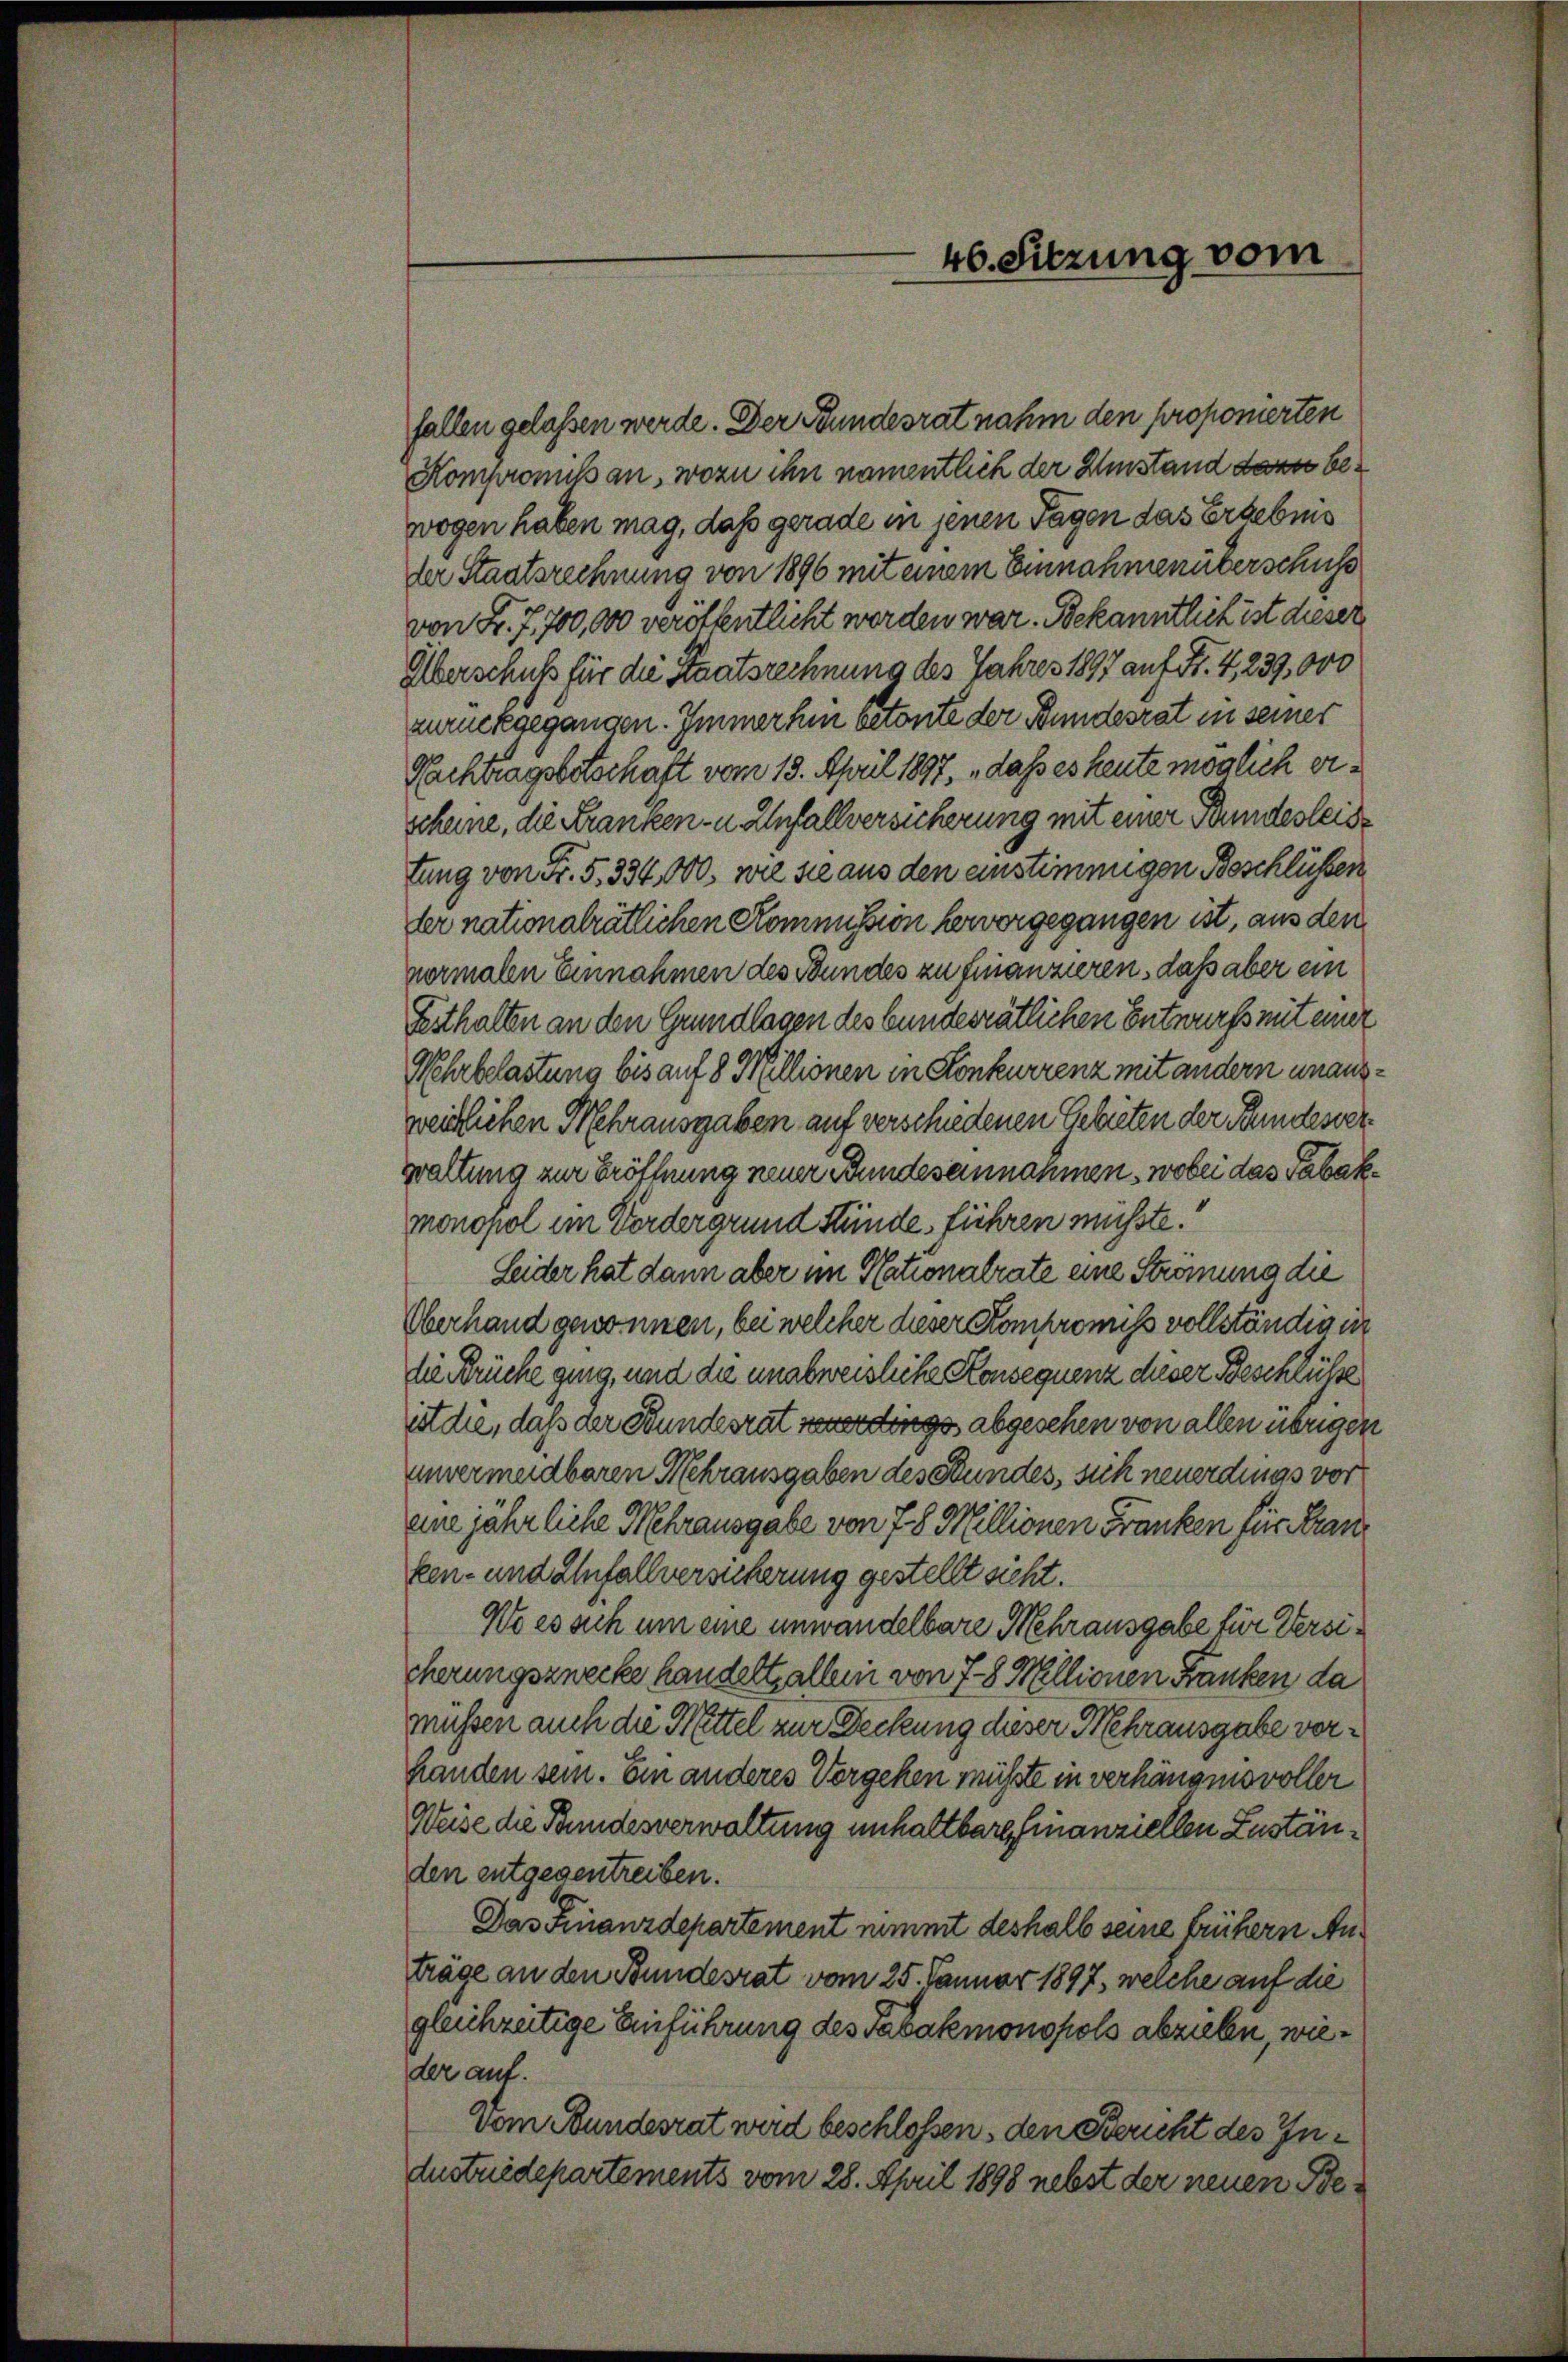
fallen gelassen werde. Der Bundesrat nahm den proponierten
Kompromissan, wozu ihn namentlich der Umstand dazu bewogen haben mag, dass gerade in jenen Tagen das Ergebnis
der Staatsrechnung von 1896 mit einem Einnahmenüterschuss
von Fr. f. 700,000 veröffentlicht werden war. Bekanntlich ist dieser
Überschuss für die Staatsrechnung des Jahres 1897 auf Fr. 4, 239,000
zurückgegangen. Immerhin betonte der Bundesrat in seiner
Nachtragsbotschaft vom 13. April 1897, „daß es heute möglich erscheine, die Kranken- u. Anfallversicherung mit einer Bundesleistung von Fr. 5. 334,000. wie sie aus den einstimmigen Beschlüssen
ler nationalrätlichen Kommission hervorgegangen ist, aus den
normalen Einnahmen des Bundes zu finanzieren, daß aber ein
Festhalten an den Grundlagen des bundesrätlichen Entwurfs mit einer
Mehrbelastung bis auf 8 Millionen in Konkurrenz mit andern unausweidlichen Mehrausgaben auf verschiedenen Gebieten der Bundesverwaltung zur Eröffnung neuer Bundesannahmen, wobei das Tabakmonopol im Vordergrund Stünde, führen musste.
Seider hat dann aber im Nationalrate eine Strömung die
Oberhand gewonnen, bei welcher dieser Kompromiss vollständig in
die Brücke ging, und die unabweisliche Konsequenz dieser Beschlüsse
itdie, daß der Bundesrat verdings abgesehen von allen übrigen
unvermeidbaren Nehrausgaben des Stundes, sich neuerdings vor
eine jährliche Mehrausgabe von 78 Millionen Franken für Franken- und Unfallversicherung gestellt sicht.
Wo es ach um eine unwandelbare Mehrausgabe für Versicherungszwecke handelt allen von 7-8 Millionen Franken da
müssen auch die Mittel zur Deckung dieser Mehrausgabe vor¬
Handen sein. Ein anderes Vorgehen müsste in verhängensvoller
Weise die Bundesverwaltung unhaltbare finanziellen Zuständen entgegentreiben.
Das Finanzdepartement nimmt deshalb seine frühern Anträge an den Bundesrat vom 25. Januar 1897, welche auf die
gleichzeitige Einführung des Tabakmonopols abzielen, wieder auf.
Vom Bundesrat wird beschlossen, den Bericht des Industriedepartements vom 28. April 1898 nebst der neuen Be¬

46. Sitzung vom